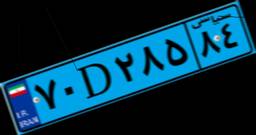
۴۵D۶۵۶۷۸